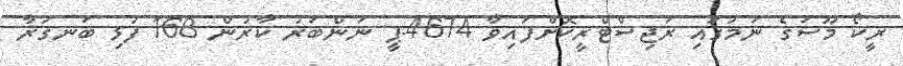
ރީކޯ މޫސަގެ ނަމުގައި ރަޖިސްޓްރީކޮށްފައިވާ 4674-ޕީ ނަންބަރު ކާރުން 168 ފުޅި ބަނގުރާ